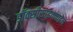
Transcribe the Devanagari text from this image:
डॉक्सीसाइक्लाइन